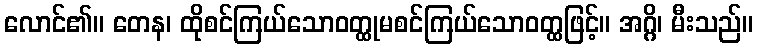
လောင်၏။ တေန၊ ထိုစင်ကြယ်သောဝတ္ထုမစင်ကြယ်သောဝတ္ထဖြင့်။ အဂ္ဂိ၊ မီးသည်။